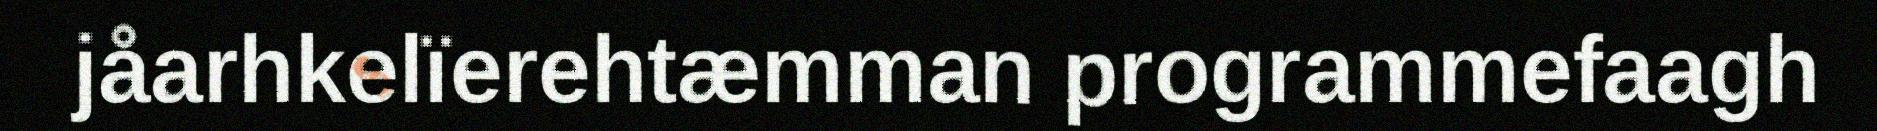
jåarhkelïerehtæmman programmefaagh